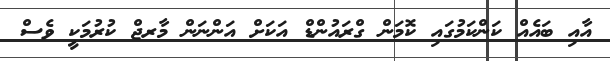
އާއި ބައެއް ކަންކަމުގައި ކޮމަން ގްރައުންޑް އަކަށް އަންނަން މާރޖް ކުރުމަކީ ވެސް